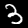
Label: 3